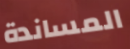
المساندة